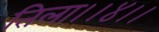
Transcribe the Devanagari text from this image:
तिला।।४।।